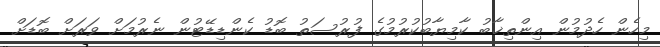
މިހެން ހެދުމުން އިންތިޚާބު ކާމިޔާބުކުރުމުގެ ފުރުސަތު ބޮޑު ކެންޑިޑޭޓުން ނެރުމަށް ވަަރަށް ބޮޑަށް